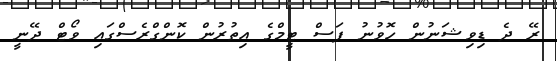
ރޭ ދެ ޑިވިޝަނުން ހޮވުނު ފަސް ޓީމްގެ އިތުރުން ކޮންގްރެސްގައި ވޯޓް ދޭނީ